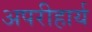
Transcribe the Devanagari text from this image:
अपरीहार्य